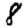
Digit: 8